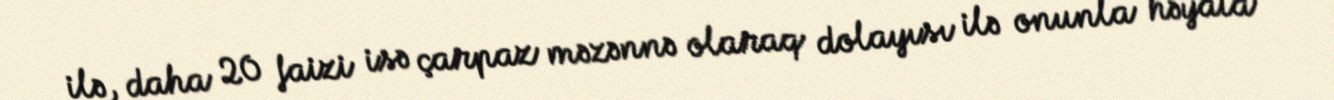
ilə, daha 20 faizi isə çarpaz məzənnə olaraq dolayısı ilə onunla həyata